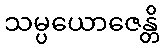
သမ္ပယောဇေန္တိ